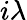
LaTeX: i\lambda